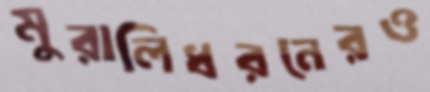
মুরালিধরনেরও